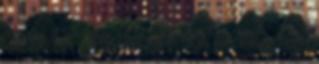
mennyi a per órás használati díja, ami lehet, hogy